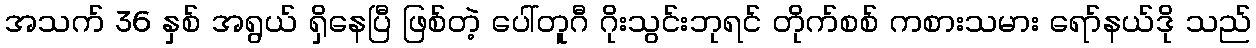
အသက် 36 နှစ် အရွယ် ရှိနေပြီ ဖြစ်တဲ့ ပေါ်တူဂီ ဂိုးသွင်းဘုရင် တိုက်စစ် ကစားသမား ရော်နယ်ဒို သည်